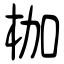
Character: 枷